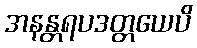
အနန္တရပဒတ္တယေပိ